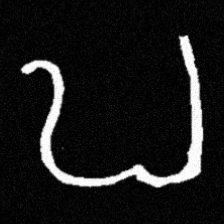
Pyu character \u2014 Myanmar letter: ဎ (romanized: ddha)